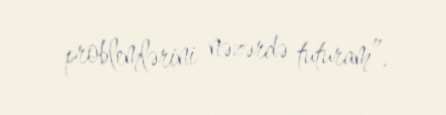
problemlərini nəzərdə tuturam”.